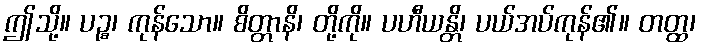
ဤသို့။ ပဉ္စ၊ ကုန်သော။ စိတ္တာနိ၊ တို့ကို။ ပဟီယန္တိ၊ ပယ်အပ်ကုန်၏။ တတ္ထ၊